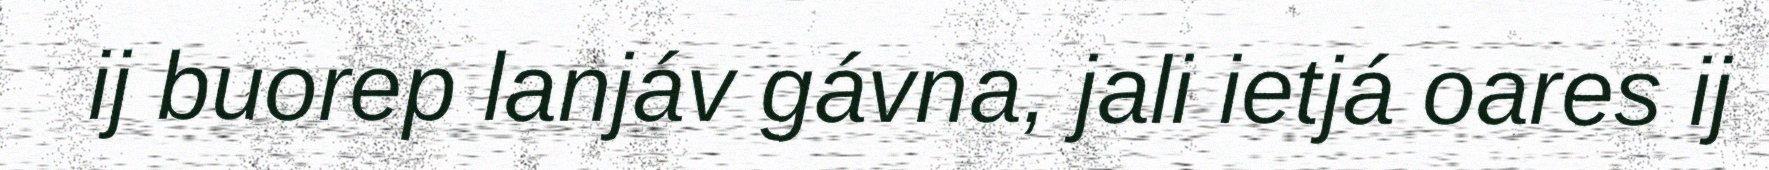
ij buorep lanjáv gávna, jali ietjá oares ij